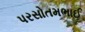
પરસોતમભાઈ